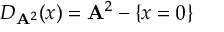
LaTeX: D _ { \mathbf { A } ^ { 2 } } ( x ) = \mathbf { A } ^ { 2 } - \{ x = 0 \}